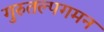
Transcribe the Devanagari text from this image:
गुरुतल्पगमन